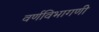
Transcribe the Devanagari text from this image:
वर्णविभागणी